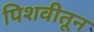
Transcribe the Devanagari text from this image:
पिशवीतून